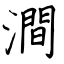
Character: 澗